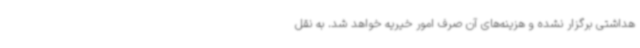
هداشتی برگزار نشده و هزینه‌های آن صرف امور خیریه خواهد شد. به نقل